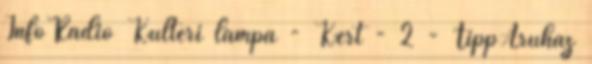
InfoRádió Kültéri lámpa - Kert - 2 - TippÁruház